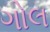
ગોલ